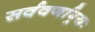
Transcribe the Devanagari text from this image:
सर्ववर्णाग्र्यः